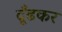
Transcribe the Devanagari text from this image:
दूँढकर